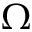
\Omega